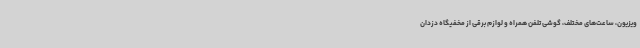
ویزیون، ساعت‌های مختلف، گوشی تلفن همراه و لوازم برقی از مخفیگاه دزدان